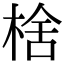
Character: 𬃉